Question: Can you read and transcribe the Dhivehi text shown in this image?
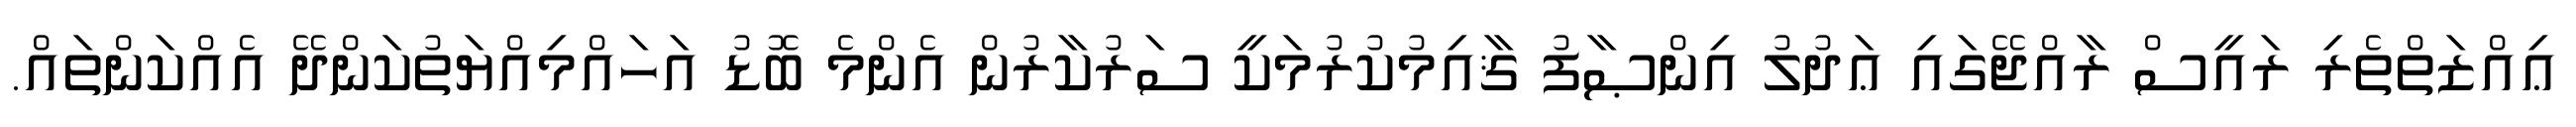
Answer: ޢިއްޒަތްތެރި ރައީސް ރާއްޖޭގައި ޢަދުލު އިންޞާފު ޤާއިމުކުރުމަކީ ސަރުކާރުން އެންމެ ބޮޑު އަހައްމިއްޔަތުކަންދޭ އެއްކަންތައް.